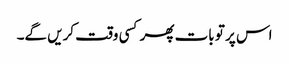
اس پر تو بات پھر کسی وقت کریں گے۔